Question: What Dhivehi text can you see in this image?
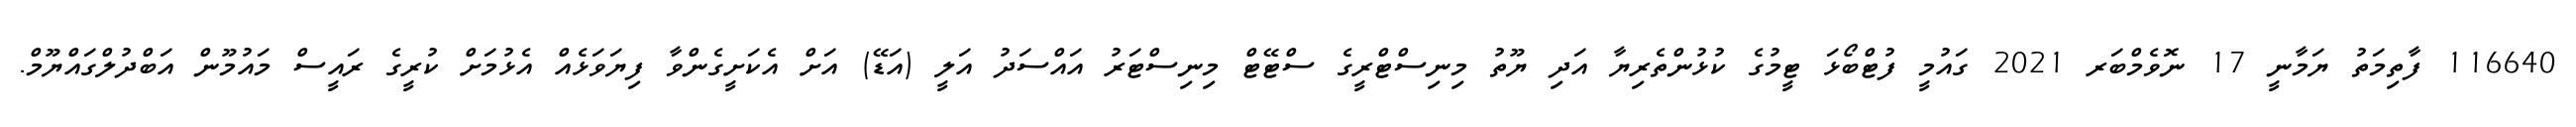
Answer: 116640 ފާތިމަތު ޔަމާނީ 17 ނޮވެމްބަރ 2021 ގައުމީ ފުޓްބޯޅަ ޓީމުގެ ކުޅުންތެރިޔާ އަދި ޔޫތު މިނިސްޓްރީގެ ސްޓޭޓް މިނިސްޓަރު އައްސަދު އަލީ (އަޑޭ) އަށް އެކަށީގެންވާ ފިޔަވަޅެއް އެޅުމަށް ކުރީގެ ރައީސް މައުމޫން އަބްދުލްގައްޔޫމް.